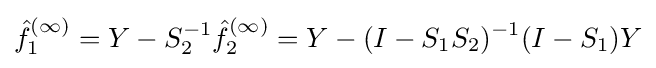
{\hat {f}}_{1}^{(\infty )}=Y-S_{2}^{-1}{\hat {f}}_{2}^{(\infty )}=Y-(I-S_{1}S_{2})^{-1}(I-S_{1})Y